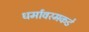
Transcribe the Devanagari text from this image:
धर्मावरमकडे